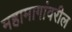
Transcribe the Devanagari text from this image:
महामागांवरील